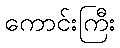
ကောင်းကြီး